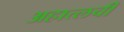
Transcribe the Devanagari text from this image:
अहात्लची